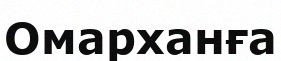
Омарханға